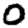
Digit: 0